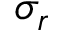
\sigma _ { r }